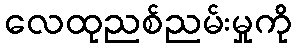
လေထုညစ်ညမ်းမှုကို